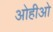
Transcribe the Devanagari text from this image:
ओहीओ